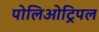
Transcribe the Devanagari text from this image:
पोलिओट्रिपल